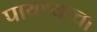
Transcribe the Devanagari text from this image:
पायथ्याचा